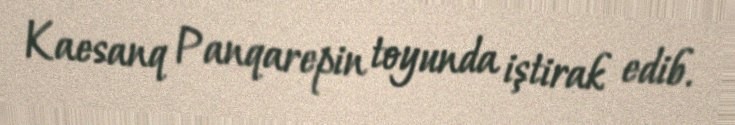
Kaesanq Panqarepin toyunda iştirak edib.